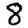
Digit: 8